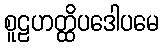
စူဠဟတ္ထိပဒေါပမေ